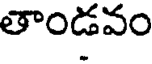
తాండవం